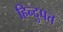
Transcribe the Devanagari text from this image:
हिन्दुपत